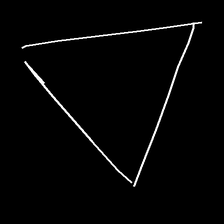
Glyph: convergence